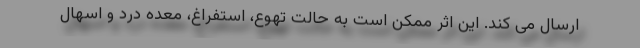
ارسال می کند. این اثر ممکن است به حالت تهوع، استفراغ، معده درد و اسهال